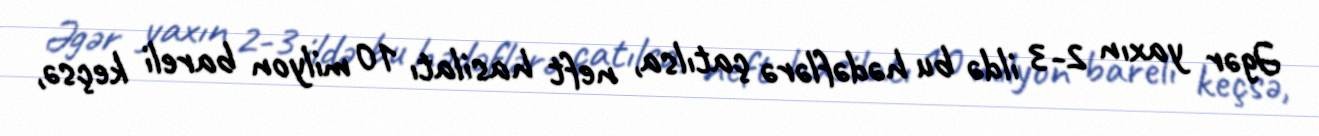
Əgər yaxın 2-3 ildə bu hədəflərə çatılsa, neft hasilatı 10 milyon bareli keçsə,